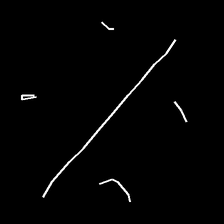
Glyph: cool